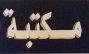
مكتبة